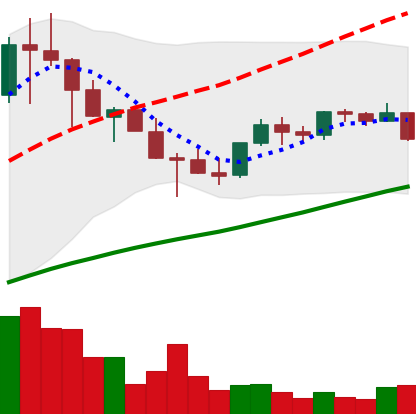
Ticker: TRX-USD
Chart end date: 2021-05-04
Forward return: 19.667%
Label: up_7plus